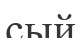
сый